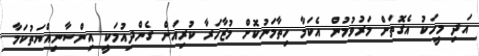
އަދި މީހަކު އެގޮތަށް މަރުވުމުން އެކަމާ ހިތާމަނުކޮށް މުޒާހަރާ ކުރިއަށް ގެންދިއުމަކީ އިންސާނިއްޔަތުކަމާ